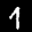
Label: 1